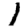
Digit: 1